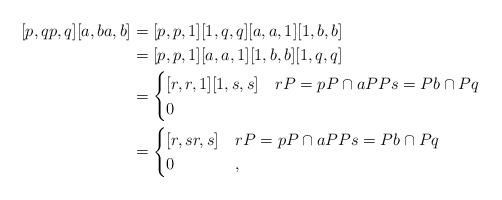
LaTeX: \begin{align*}[p,qp,q][a,ba,b] &= [p,p,1][1,q,q][a,a,1][1,b,b]\\&=[p,p,1][a,a,1][1,b,b][1,q,q]\\&=\begin{cases}[r,r,1][1,s,s] &rP= pP\cap aPPs = Pb\cap Pq\\0&\end{cases}\\&=\begin{cases}[r,sr,s] &rP= pP\cap aPPs = Pb\cap Pq\\0&,\end{cases}\end{align*}